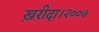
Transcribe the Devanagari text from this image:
ख़रीदा।२००७